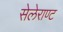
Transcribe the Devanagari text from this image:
सेलेराण्ट